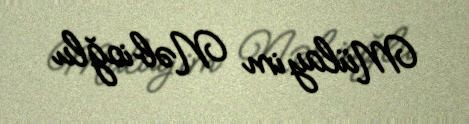
Mülayim Nəbioğlu